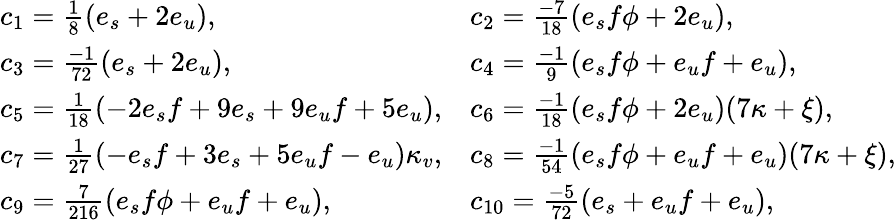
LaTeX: \begin{array}{ll}{{c_{1}={\frac{1}{8}}(e_{s}+2e_{u}),}}&{{c_{2}={\frac{-7}{18}}(e_{s}f\phi+2e_{u}),}}\\ {{c_{3}={\frac{-1}{72}}(e_{s}+2e_{u}),}}&{{c_{4}={\frac{-1}{9}}(e_{s}f\phi+e_{u}f+e_{u}),}}\\ {{c_{5}={\frac{1}{18}}(-2e_{s}f+9e_{s}+9e_{u}f+5e_{u}),}}&{{c_{6}={\frac{-1}{18}}(e_{s}f\phi+2e_{u})(7\kappa+\xi),}}\\ {{c_{7}={\frac{1}{27}}(-e_{s}f+3e_{s}+5e_{u}f-e_{u})\kappa_{v},}}&{{c_{8}={\frac{-1}{54}}(e_{s}f\phi+e_{u}f+e_{u})(7\kappa+\xi),}}\\ {{c_{9}={\frac{7}{216}}(e_{s}f\phi+e_{u}f+e_{u}),}}&{{c_{10}={\frac{-5}{72}}(e_{s}+e_{u}f+e_{u}),}}\end{array}